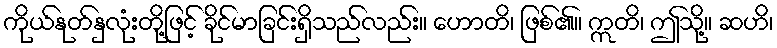
ကိုယ်နုတ်နှလုံးတို့ဖြင့် ခိုင်မာခြင်းရှိသည်လည်း။ ဟောတိ၊ ဖြစ်၏။ ဣတိ၊ ဤသို့။ ဆဟိ၊